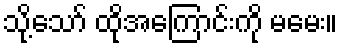
သို့သော် ထိုအကြောင်းကို မမေး။